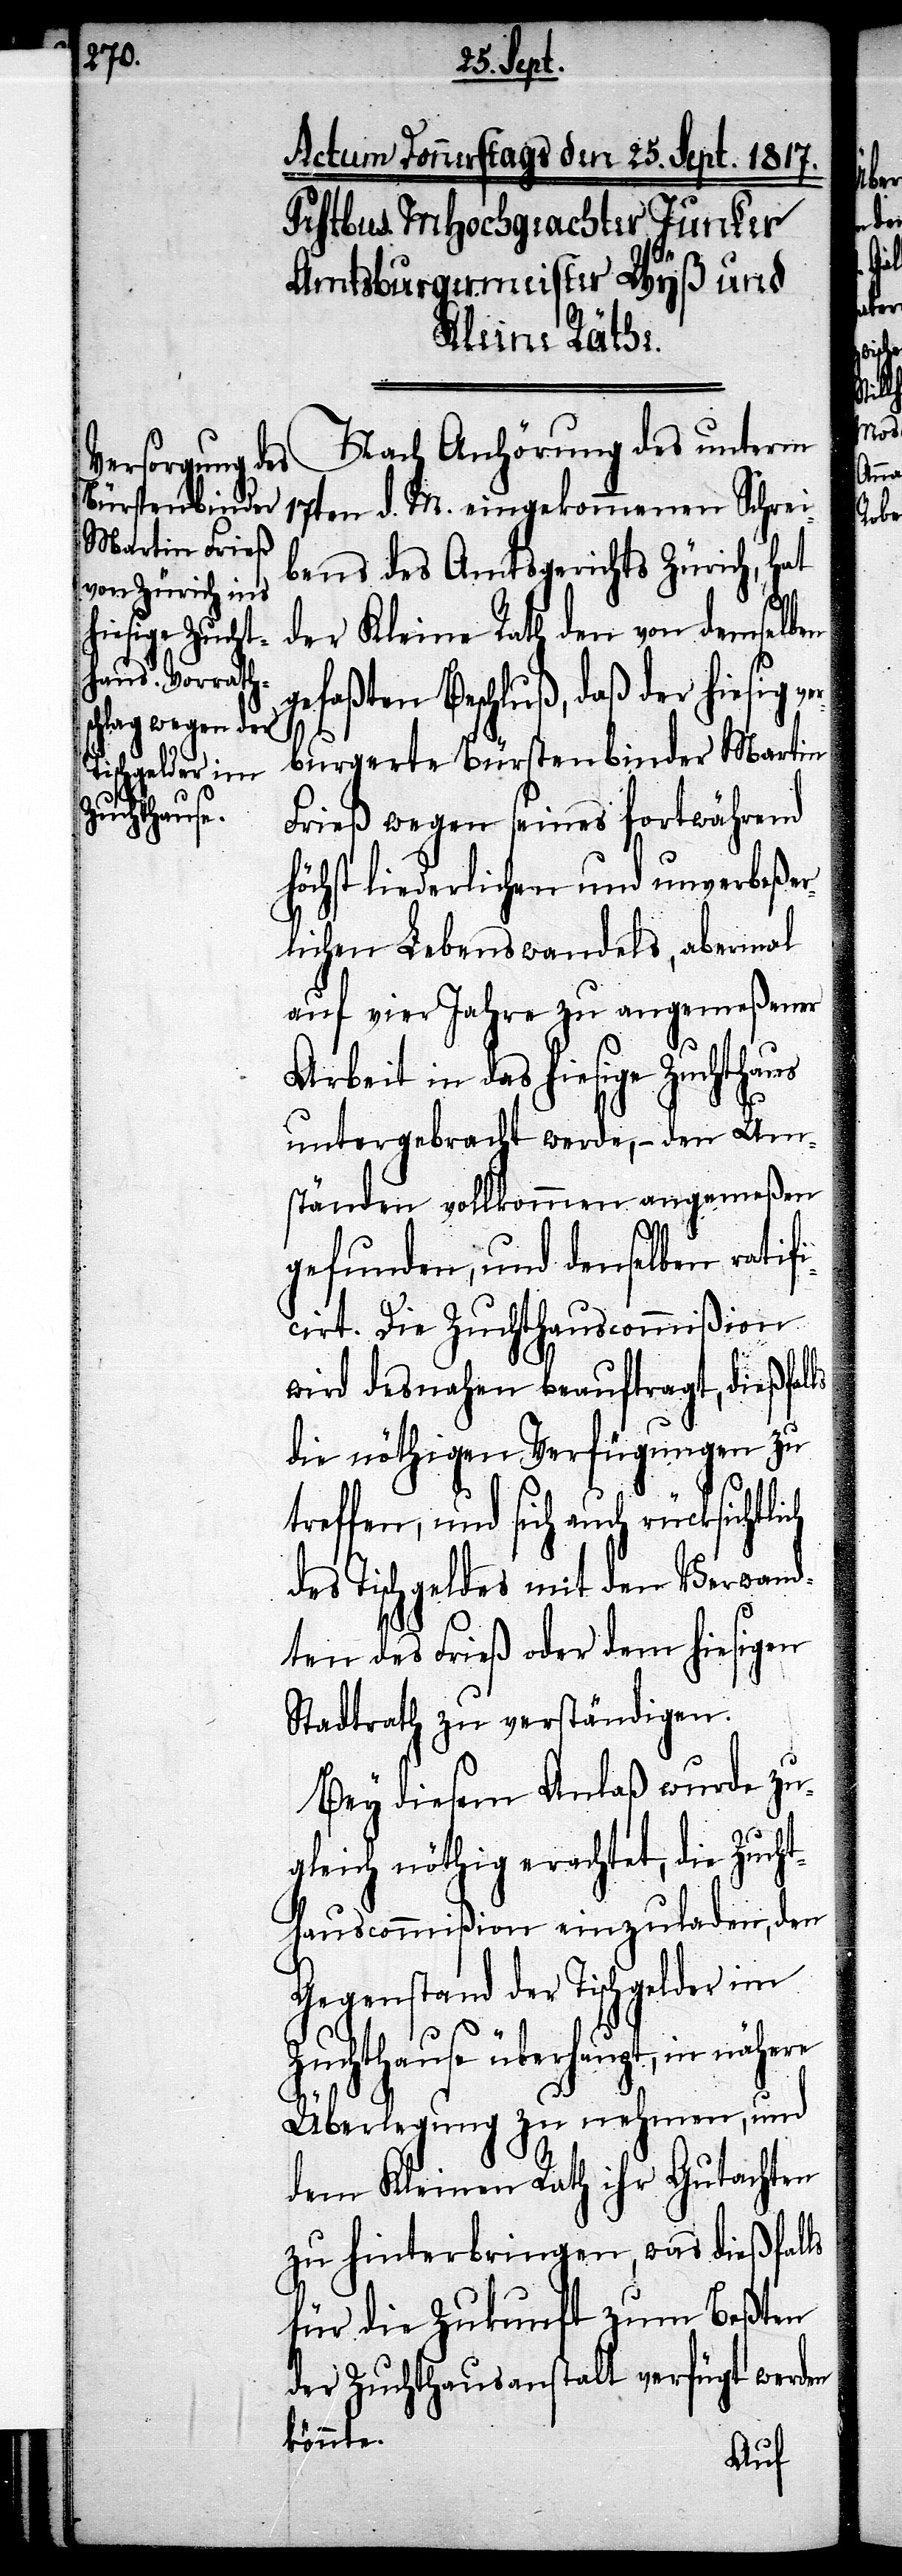
17ten d. M. eingekommenen Schrei¬
bens des Amtsgerichts Zürich, hat
der Kleine Rath den von demselben
gefaßten Beschluß, daß der hiesig
burgerte Bürstenbinder Martin
Frieß wegen seines fortwährend
höchst liederlichen und unverbeßer¬
lichen Lebenswandels, abermal
auf vier Jahre zu angemeßener
Arbeit in das hiesige Zuchthaus
untergebracht werde, – den Um¬
ständen vollkommen angemeßen
gefunden, und denselben ratifi¬
cirt. Die Zuchthauscommißion
wird desnahen beauftragt, dießfal¬
die nöthigen Verfügungen zu
treffen, und sich auch rücksichtlich
des Tischgeldes mit den Verwand¬
ten des Frieß oder dem hiesigen
Stadtrath zu verständigen.
Bey diesem Anlaß wurde zu¬
gleich nöthig erachtet, die Zuch¬
thauscommißion einzuladen, den
Gegenstand der Tischgelder im
Zuchthause überhaupt, in
Überlegung zu nehmen, und
dem Kleinen Rath ihr Gutachten
zu hinterbringen, was dießfalls
für die Zukunft zum Beßten
der Zuchthausanstalt verfügt werden
könnte.

des
ls
ver¬